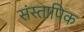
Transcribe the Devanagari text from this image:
संस्तापिक